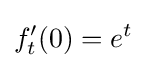
f_{t}^{\prime }(0)=e^{t}